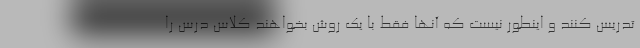
تدریس کنند و اینطور نیست که آنها فقط با یک روش بخواهند کلاس درس را